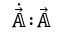
\dot { \vec { \mathbb { A } } } \! : \! \vec { \mathbb { A } }